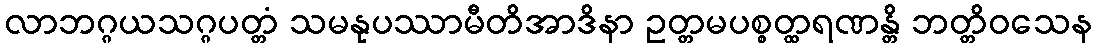
လာဘဂ္ဂယသဂ္ဂပတ္တံ သမနုပဿာမီတိအာဒိနာ ဥတ္တမပစ္စတ္ထရဏန္တိ ဘတ္တိဝသေန